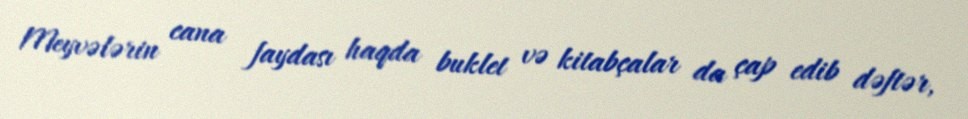
Meyvələrin cana faydası haqda buklet və kitabçalar da çap edib dəftər,